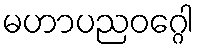
မဟာပညဝဂ္ဂေါ